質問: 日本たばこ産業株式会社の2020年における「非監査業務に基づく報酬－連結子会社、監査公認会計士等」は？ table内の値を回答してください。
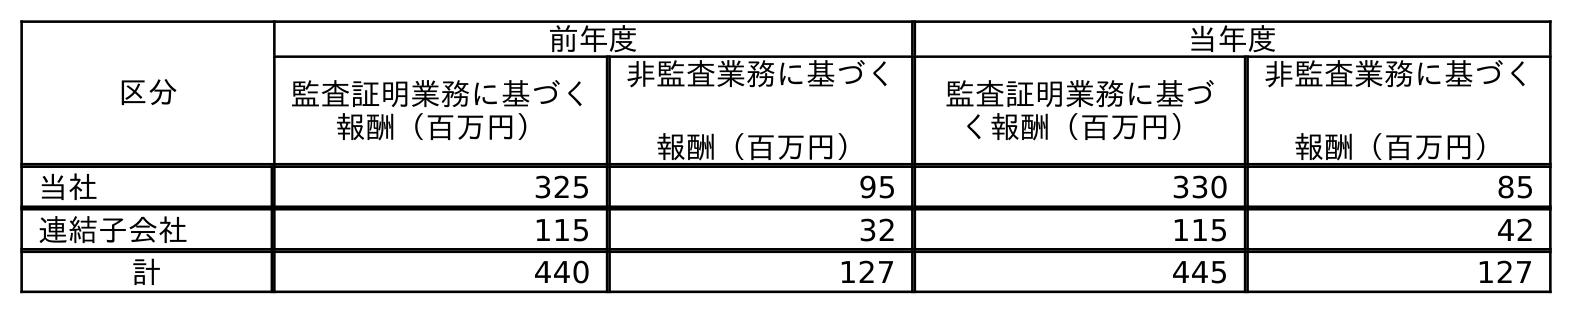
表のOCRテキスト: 区分 前年度 当年度 監査証明業務に基づく 報酬（百万円） 非監査業務に基づく 報酬（百万円） 監査証明業務に基づ く報酬（百万円） 非監査業務に基づく 報酬（百万円） 当社 325 95 330 85 連結子会社 115 32 115 42 計 440 127 445 127
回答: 42